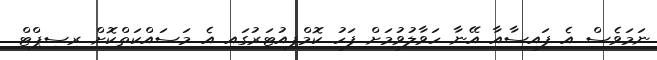
ނަމަވެސް އެ ފައިސާއާ އޭނާ ހަވާލުވުމަށް ފަހު ކޮމްޕިއުޓަރުގައި އެ މަސައްކަތްކޮށް ރިސިޕްޓް